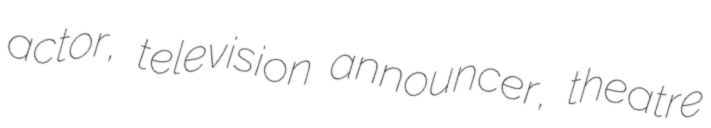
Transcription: actor, television announcer, theatre